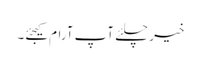
خیر چلئے آپ آرام کیجئے۔